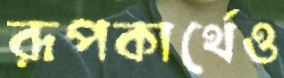
রূপকার্থেও